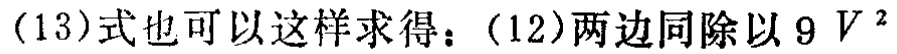
(13)式也可以这样求得：(12)两边同除以 \(9V^{2}\)